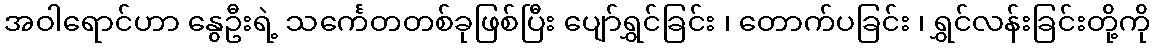
အဝါရောင်ဟာ နွေဦးရဲ့ သင်္ကေတတစ်ခုဖြစ်ပြီး ပျော်ရွှင်ခြင်း ၊ တောက်ပခြင်း ၊ ရွှင်လန်းခြင်းတို့ကို